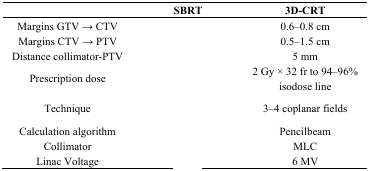
<table><thead><tr><td>[EMPTY_CELL]</td><td><b>SBRT</b></td><td><b>3D-CRT</b></td></tr></thead><tbody><tr><td>Margins GTV → CTV</td><td>[EMPTY_CELL]</td><td>0.6–0.8 cm</td></tr><tr><td>Margins CTV → PTV</td><td>[EMPTY_CELL]</td><td>0.5–1.5 cm</td></tr><tr><td>Distance collimator-PTV</td><td>[EMPTY_CELL]</td><td>5 mm</td></tr><tr><td>Prescription dose</td><td>[EMPTY_CELL]</td><td>2 Gy × 32 fr to 94–96% isodose line</td></tr><tr><td>Technique</td><td>[EMPTY_CELL]</td><td>3–4 coplanar fields</td></tr><tr><td>Calculation algorithm</td><td>[EMPTY_CELL]</td><td>Pencilbeam</td></tr><tr><td>Collimator</td><td>[EMPTY_CELL]</td><td>MLC</td></tr><tr><td>Linac Voltage</td><td>[EMPTY_CELL]</td><td>6 MV</td></tr></tbody></table>